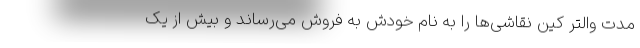
مدت والتر کین نقاشی‌ها را به نام خودش به فروش می‌رساند و بیش از یک